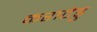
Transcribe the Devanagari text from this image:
कराटेडु